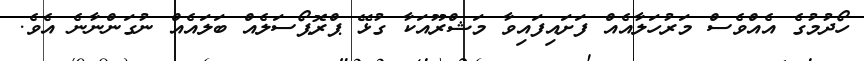
ހޯދުމުގެ އެއްވެސް މަރުހަލާއެއް ފަށައިފައިވާ މަޝްރޫއަކާ ގުޅޭ ޕްރޮޕޯސަލެއް ބަލައެއް ނުގަންނާނެ އެވެ.